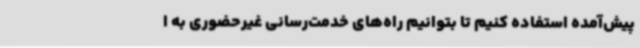
پیش‌آمده استفاده کنیم تا بتوانیم راه‌های خدمت‌رسانی غیرحضوری به ا